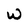
Character: W